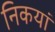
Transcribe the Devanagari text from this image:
निकयां